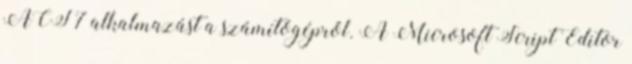
ACT 7 alkalmazást a számítógépről. A Microsoft Script Editor